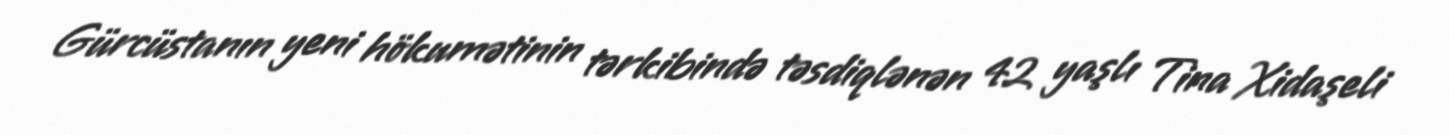
Gürcüstanın yeni hökumətinin tərkibində təsdiqlənən 42 yaşlı Tina Xidaşeli